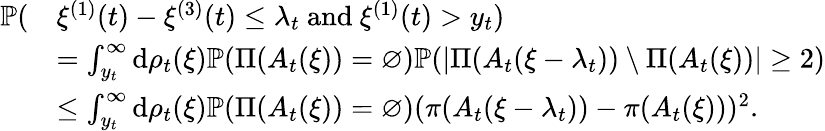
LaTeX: \begin{array}{rl}{\mathbb{P}(}&{\xi^{(1)}(t)-\xi^{(3)}(t)\leq\lambda_{t}\mathrm{~and~}\xi^{(1)}(t)>y_{t})}\\ &{=\int_{y_{t}}^{\infty}\mathrm d\rho_{t}(\xi)\mathbb{P}(\Pi(A_{t}(\xi))=\varnothing)\mathbb{P}(|\Pi(A_{t}(\xi-\lambda_{t}))\setminus\Pi(A_{t}(\xi))|\geq 2)}\\ &{\leq\int_{y_{t}}^{\infty}\mathrm d\rho_{t}(\xi)\mathbb{P}(\Pi(A_{t}(\xi))=\varnothing)(\pi(A_{t}(\xi-\lambda_{t}))-\pi(A_{t}(\xi)))^{2}.}\end{array}